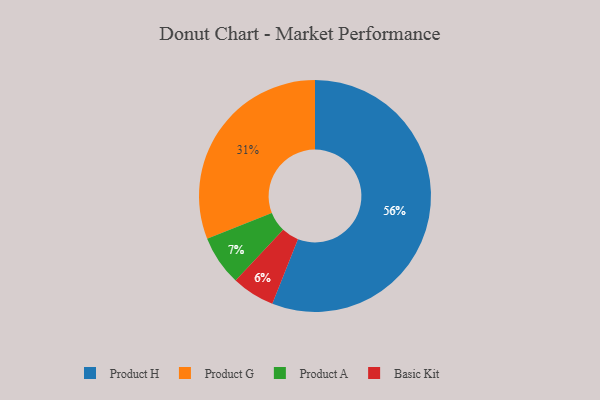
{"axis": {"x": "Category", "y": "Percentage"}, "legend": ["Basic Kit", "Product A", "Product G", "Product H"], "data": [{"x": "Basic Kit", "y": 6, "type": "Basic Kit"}, {"x": "Product H", "y": 56, "type": "Product H"}, {"x": "Product G", "y": 31, "type": "Product G"}, {"x": "Product A", "y": 7, "type": "Product A"}]}